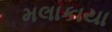
મલાકાયા